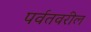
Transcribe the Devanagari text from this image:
पर्वतवरील